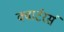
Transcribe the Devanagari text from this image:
क्वार्टरर्स